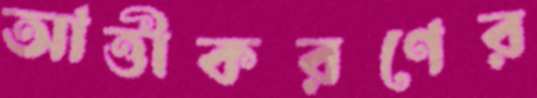
আত্তীকরণের